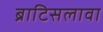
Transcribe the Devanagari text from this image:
ब्राटिसलावा